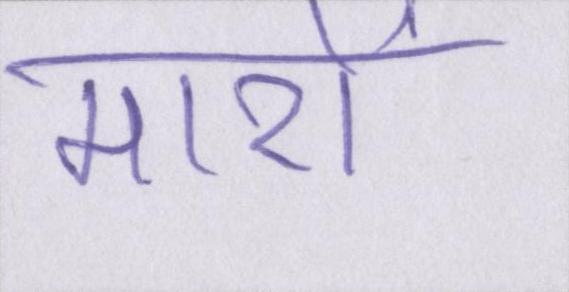
मारों